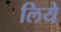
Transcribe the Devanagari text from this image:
लियेे